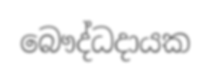
බෞද්ධදායක